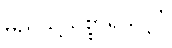
မည်သို့သစ္စာရှိသင့်ပုံ